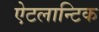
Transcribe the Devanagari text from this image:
ऐटलान्टिक